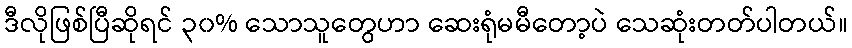
ဒီလိုဖြစ်ပြီဆိုရင် ၃၀% သောသူတွေဟာ ဆေးရုံမမီတော့ပဲ သေဆုံးတတ်ပါတယ်။